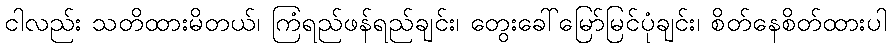
ငါလည်း သတိထားမိတယ်၊ ကြံရည်ဖန်ရည်ချင်း၊ တွေးခေါ်မြော်မြင်ပုံချင်း၊ စိတ်နေစိတ်ထားပါ